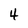
Character: 4